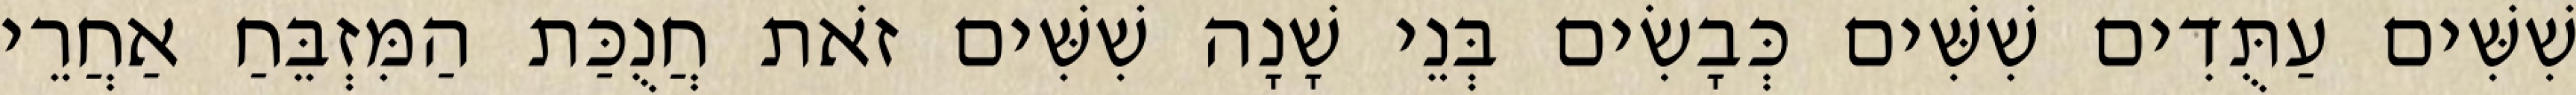
שִׁשִּׁים עַתֻּדִים שִׁשִּׁים כְּבָשִׂים בְּנֵי שָׁנָה שִׁשִּׁים זֹאת חֲנֻכַּת הַמִּזְבֵּחַ אַחֲרֵי